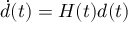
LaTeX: { \dot { d } } ( t ) = H ( t ) d ( t )